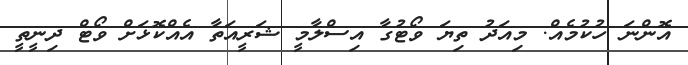
އޮންނަ ހުކުމެއް. މިއަދު ތިޔަ ވޯޓުގާ އިސްލާމީ ޝަރީއަތާ އެއްކޮޅަށް ވޯޓް ދިނީތީ